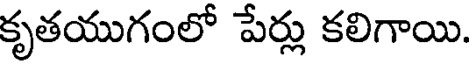
కృతయుగంలో పేర్లు కలిగాయి.